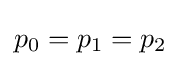
p_{0}=p_{1}=p_{2}